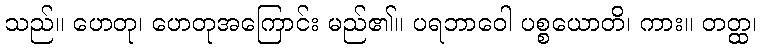
သည်။ ဟေတု၊ ဟေတုအကြောင်း မည်၏။ ပရဘာဝေါ ပစ္စယောတိ၊ ကား။ တတ္ထ၊